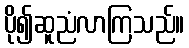
ပို၍ဆူညံလာကြသည်။